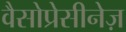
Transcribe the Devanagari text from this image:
वैसोप्रेसीनेज़